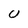
Character: U